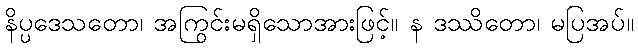
နိပ္ပဒေသတော၊ အကြွင်းမရှိသောအားဖြင့်။ န ဒဿိတော၊ မပြအပ်။